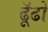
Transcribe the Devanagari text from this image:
ढॅूढो